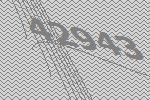
42943